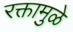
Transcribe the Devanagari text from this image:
रक्तामुळे